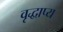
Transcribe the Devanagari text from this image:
वृद्धाप्य